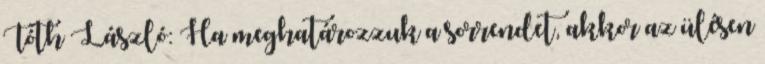
Tóth László: Ha meghatározzuk a sorrendet, akkor az ülésen